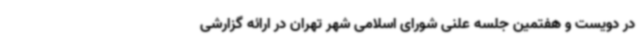
در دویست و هفتمین جلسه علنی شورای اسلامی شهر تهران در ارائه گزارشی